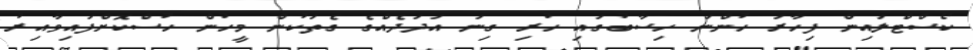
ކޯސްޓްލައިން ފިހާރަ ހުންނަ ހިސާބުގައި ހުރި ގިނަ އަދަދެއްގެ ގެތަކުން މީހުން ހުސްކޮށްފައިވާއިރު